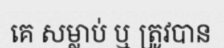
គេ សម្លាប់ ឬ ត្រូវបាន